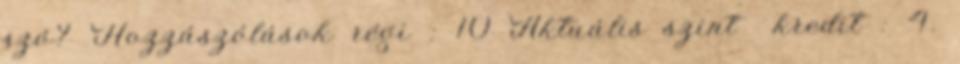
szó? Hozzászólások régi : 10 Aktuális szint kredit : 4.